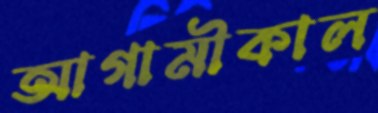
আগামীকাল